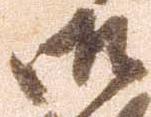
御